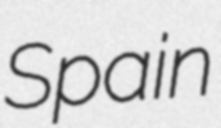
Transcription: Spain